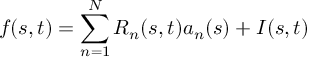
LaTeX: f ( s , t ) = \sum _ { n = 1 } ^ { N } R _ { n } ( s , t ) a _ { n } ( s ) + I ( s , t )